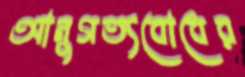
আনুগত্যবোধের